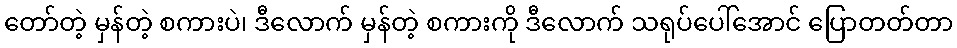
တော်တဲ့ မှန်တဲ့ စကားပဲ၊ ဒီလောက် မှန်တဲ့ စကားကို ဒီလောက် သရုပ်ပေါ်အောင် ပြောတတ်တာ